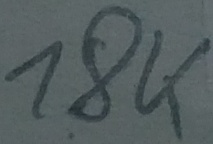
Text: 18K